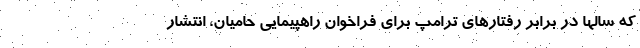
که سالها در برابر رفتارهای ترامپ برای فراخوان راهپیمایی حامیان، انتشار